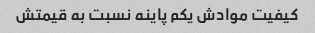
کیفیت موادش یکم پاینه نسبت به قیمتش